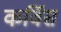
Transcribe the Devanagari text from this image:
कर्विस